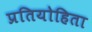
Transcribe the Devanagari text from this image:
प्रतियोहिता